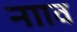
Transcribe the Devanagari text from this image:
नााव